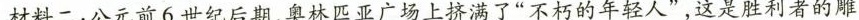
洛阳出土的侍从陶俑材料二：公元前6世纪后期，奥林匹亚广场上挤满了”不朽的年轻人”，这是胜利者的雕